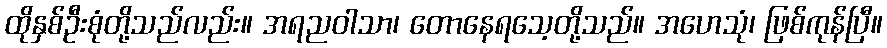
ထိုနှစ်ဦးစုံတို့သည်လည်း။ အရညဝါသာ၊ တောနေရသေ့တို့သည်။ အဟေသုံ၊ ဖြစ်ကုန်ပြီ။